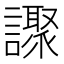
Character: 𧭍